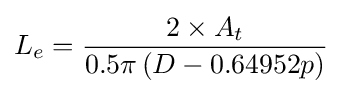
L_{e}={\frac {2\times A_{t}}{0.5\pi \left(D-0.64952p\right)}}